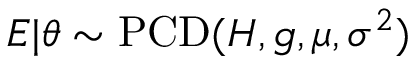
E | \theta \sim \operatorname { P C D } ( H , g , \mu , \sigma ^ { 2 } )